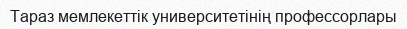
Тараз мемлекеттік университетінің профессорлары